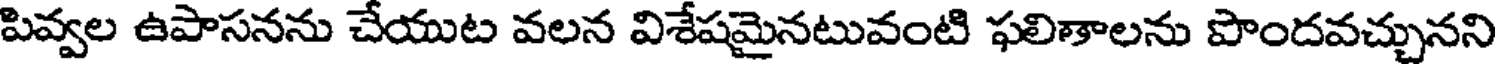
పివ్వల ఉపాసనను చేయుట వలన విశేషమైనటువంటి ఫలిశాలను పొందవచ్చునని